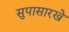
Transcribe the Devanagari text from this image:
सुपासारखे